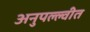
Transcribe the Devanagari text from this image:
अनुपल्ल्वीत